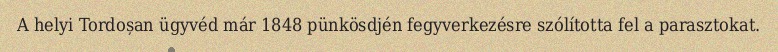
A helyi Tordoșan ügyvéd már 1848 pünkösdjén fegyverkezésre szólította fel a parasztokat.